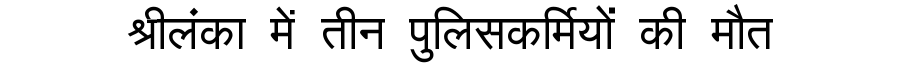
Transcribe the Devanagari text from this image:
श्रीलंका में तीन पुलिसकर्मियों की मौत